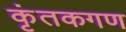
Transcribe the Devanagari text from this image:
कृंतकगण